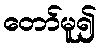
တော်မူ၍